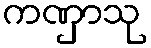
ကဏှာသု